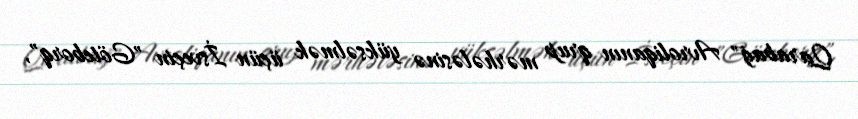
Qarabağ" Avroliqanın qrup mərhələsinə yüksəlmək üçün İsveçin "Göteborq",